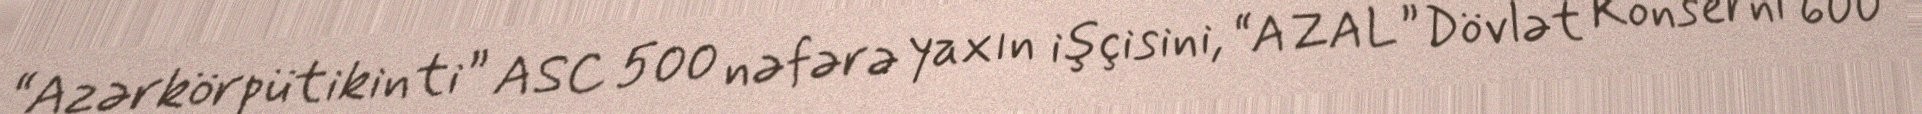
“Azərkörpütikinti” ASC 500 nəfərə yaxın işçisini, “AZAL” Dövlət Konserni 600